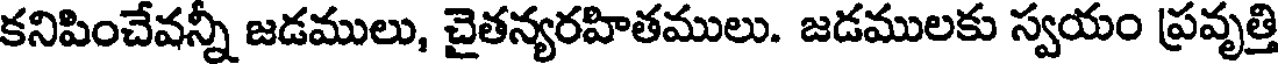
కనిపించేవన్నీ జడములు, చైతన్యరహితములు. జడములకు స్వయం ప్రవృత్తి